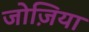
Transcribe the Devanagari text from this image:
जोज़िया